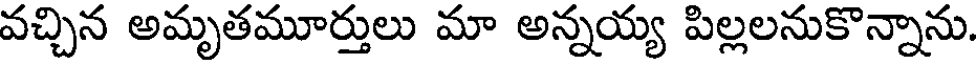
వచ్చిన అమృతమూర్తులు మా అన్నయ్య పిల్లలనుకొన్నాను.